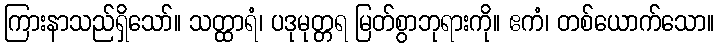
ကြားနာသည်ရှိသော်။ သတ္ထာရံ၊ ပဒုမုတ္တရ မြတ်စွာဘုရားကို။ ဧကံ၊ တစ်ယောက်သော။